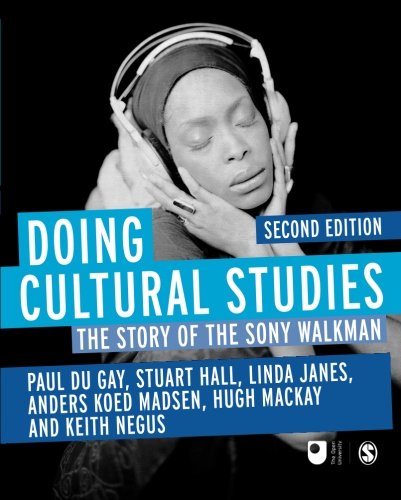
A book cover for Doing Cultural Studies: The Story of the Sony Walkman (Culture, Media and Identities series); Paul du Gay; Crafts, Hobbies & Home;